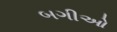
બગીઓ